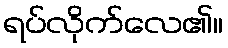
ရပ်လိုက်လေ၏။